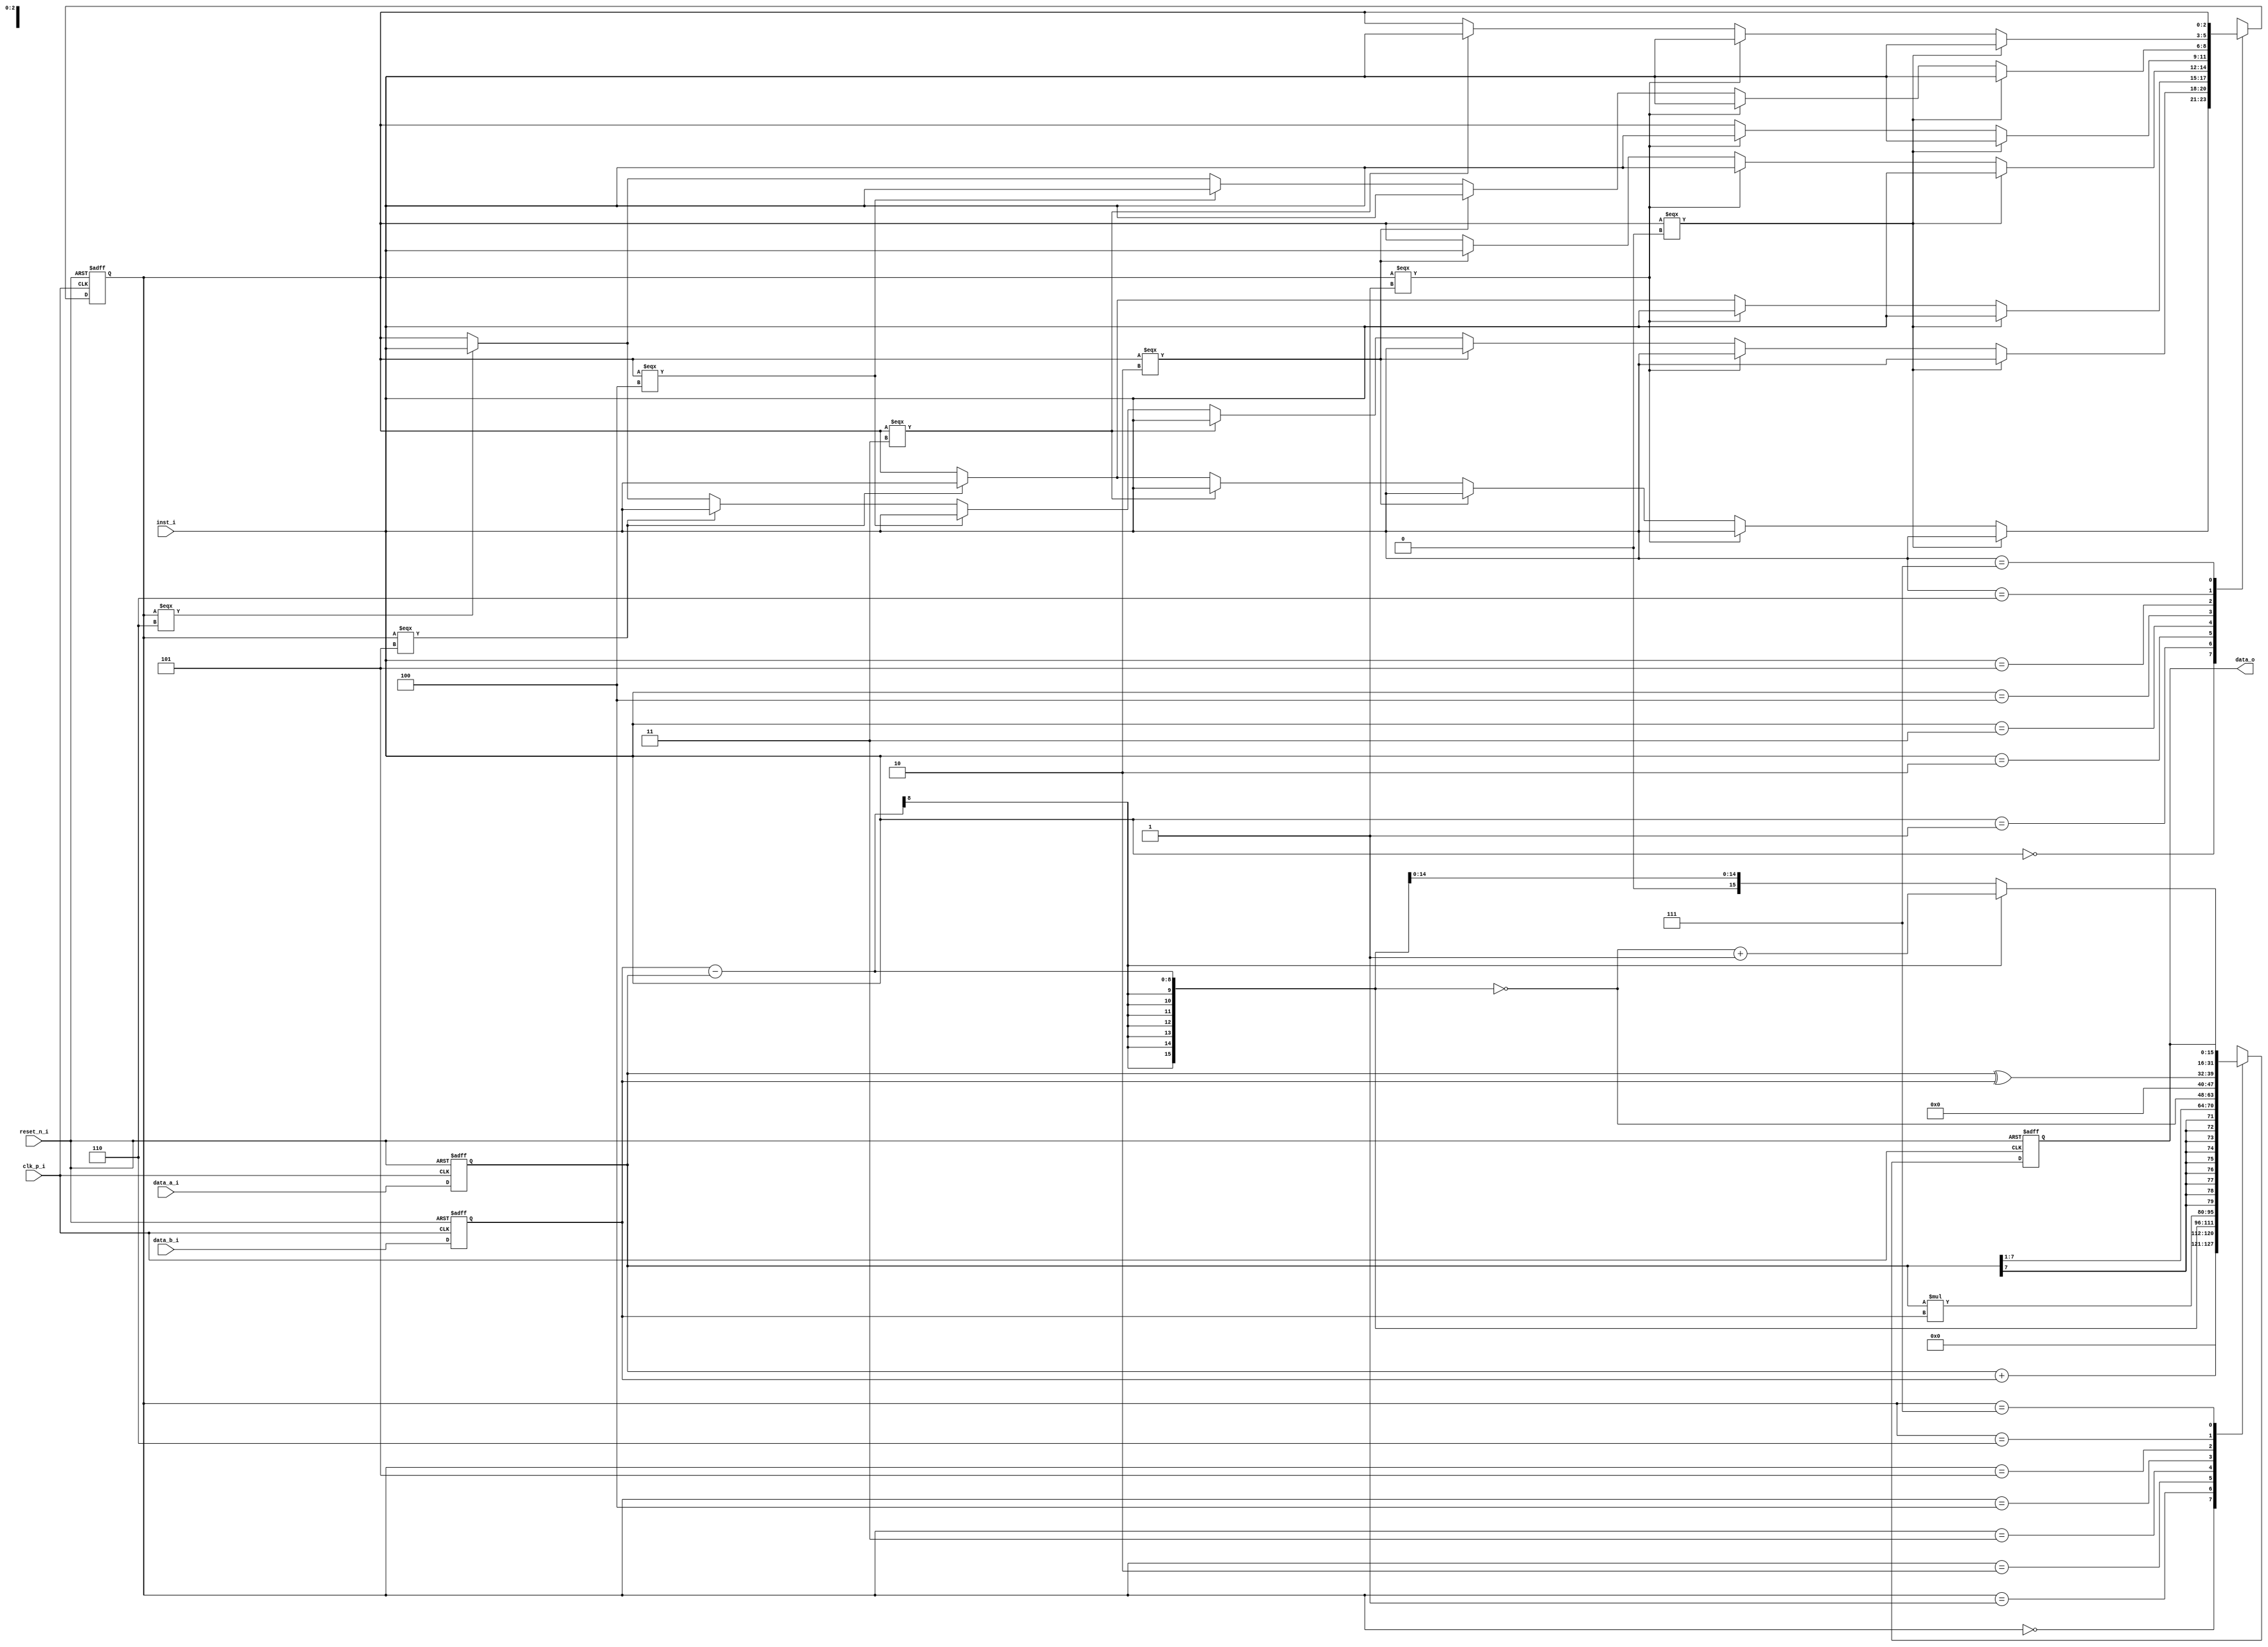
//IC LAB HW1

module alu(
             clk_p_i,
             reset_n_i,
             data_a_i,
             data_b_i,
             inst_i,
             data_o
             );

  /*========================IO declaration============================ */	  
      input           clk_p_i;
      input           reset_n_i;
      input   [7:0]   data_a_i;
      input   [7:0]   data_b_i;
      input   [2:0]   inst_i;

      output  [15:0]  data_o;

  /* =======================REG & wire================================ */
	  
      //declare reg&wire you need
      reg [2:0] reg_inst;
      reg [2:0] state_inst;
      reg [7:0]   reg_data_a;
      reg [7:0]   reg_data_b;
      //wire [2:0] state;

      reg [15:0] ALU_out_inst;

      wire [15:0] ALU_w;
      reg [15:0] ALU_r;

      wire [15:0] out_inst_0;
      wire [15:0] out_inst_1;
      wire [15:0] out_inst_2;
      wire [15:0] out_inst_3;
      wire [15:0] out_inst_4;
      wire [15:0] out_inst_5;
      wire [15:0] out_inst_6;
      wire [15:0] out_inst_7;
      wire [15:0] reg_subtraction;  

      assign ALU_w = ALU_out_inst;
      assign data_o = ALU_r; 
	  
	    assign out_inst_0 = {8'b0 , reg_data_a[7:0]} + {8'b0 , reg_data_b[7:0]};
      assign out_inst_1 = {8'b0 , reg_data_b[7:0]} - {8'b0 , reg_data_a[7:0]};
      assign out_inst_2 = {8'b0 , reg_data_a[7:0]} * {8'b0 , reg_data_b[7:0]};
      assign out_inst_3 = {{9{reg_data_a[7]}}, reg_data_a[7:1]};
      assign reg_subtraction = {8'b0 , reg_data_b[7:0]} - {8'b0 , reg_data_a[7:0]};
      assign out_inst_4 = ~reg_subtraction[15:0];
      assign out_inst_5[15:8] = 8'b0;
      assign out_inst_5[ 7:0] = reg_data_a[7:0] ^ reg_data_b[7:0];
      assign out_inst_6 =  reg_subtraction[15] ? ~reg_subtraction[15:0]+1 : reg_subtraction[15:0];
	  
  /* ====================Combinational Part================== */
  //next-state logic
  always @(*) begin
    case (inst_i)
      3'b000: begin
        if(reg_inst === 3'b000)
          state_inst = inst_i;
        else if (reg_inst === 3'b001)
          state_inst = inst_i;
        else if (reg_inst === 3'b010)
          state_inst = inst_i;
        else if (reg_inst === 3'b011)
          state_inst = inst_i;
        else if (reg_inst === 3'b101)
          state_inst = inst_i;
        else
          state_inst = reg_inst;
      end
      3'b001: begin
        if(reg_inst === 3'b000)
          state_inst = inst_i;
        else if (reg_inst === 3'b001)
          state_inst = inst_i;
        else if (reg_inst === 3'b010)
          state_inst = inst_i;
        else if (reg_inst === 3'b011)
          state_inst = inst_i;
        else if (reg_inst === 3'b100)
          state_inst = inst_i;
        else if (reg_inst === 3'b101)
          state_inst = inst_i;
        else if (reg_inst === 3'b110)
          state_inst = inst_i;
        else
          state_inst = reg_inst;
      end
      3'b010:begin
        if(reg_inst === 3'b000)
          state_inst = inst_i;
        else if (reg_inst === 3'b001)
          state_inst = inst_i;
        else if (reg_inst === 3'b101)
          state_inst = inst_i;
        else
          state_inst = reg_inst;
      end
      3'b011:begin
        if(reg_inst === 3'b000)
          state_inst = inst_i;
        else if (reg_inst === 3'b001)
          state_inst = inst_i;
        else if (reg_inst === 3'b010)
          state_inst = inst_i;
        else
          state_inst = reg_inst;
      end
      3'b100:begin
        if(reg_inst === 3'b000)
          state_inst = inst_i;
        else if (reg_inst === 3'b001)
          state_inst = inst_i;
        else
          state_inst = reg_inst;
      end
      3'b101:begin
        if(reg_inst === 3'b000)
          state_inst = inst_i;
        else if (reg_inst === 3'b001)
          state_inst = inst_i;
        else if (reg_inst === 3'b010)
          state_inst = inst_i;
        else if (reg_inst === 3'b100)
          state_inst = inst_i;
        else if (reg_inst === 3'b110)
          state_inst = inst_i;
        else
          state_inst = reg_inst;
      end
      3'b110:begin
        if(reg_inst === 3'b000)
          state_inst = inst_i;
        else if (reg_inst === 3'b001)
          state_inst = inst_i;
        else if (reg_inst === 3'b011)
          state_inst = inst_i;
        else
          state_inst = reg_inst;
      end
      3'b111: state_inst = reg_inst;
   
    default: state_inst = reg_inst;
    endcase
  end
  			  //todo  
			  
			  
			  
  // output logic
  always @(*) begin
    case(reg_inst)
      3'b000:    ALU_out_inst = out_inst_0;           
      3'b001:    ALU_out_inst = out_inst_1;
      3'b010:    ALU_out_inst = out_inst_2;
      3'b011:    ALU_out_inst = out_inst_3;
      3'b100:    ALU_out_inst = out_inst_4;
      3'b101:    ALU_out_inst = out_inst_5;
      3'b110:    ALU_out_inst = out_inst_6;
      3'b111:    ALU_out_inst = ALU_r;
      default:   ALU_out_inst = 0;
    endcase
  end

   			  //todo
  /* ====================Sequential Part=================== */
    always@(posedge clk_p_i or negedge reset_n_i)
    begin
        if (reset_n_i == 1'b0)
        begin
			     //todo
          ALU_r <= 16'b0; 
          reg_data_a <= 8'b0;
          reg_data_b <= 8'b0;
          reg_inst <= 3'b0;
        end
        else
        begin
          //todo
          ALU_r <= ALU_w; 
          reg_data_a <= data_a_i;
          reg_data_b <= data_b_i;
          reg_inst <= state_inst;
        end
    end
  /* ====================================================== */

endmodule